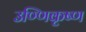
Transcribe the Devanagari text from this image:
उण्णिकृष्ण